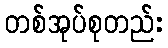
တစ်အုပ်စုတည်း